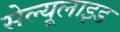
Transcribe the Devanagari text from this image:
सेल्यूलाइड